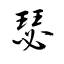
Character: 瑟